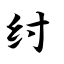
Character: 纣